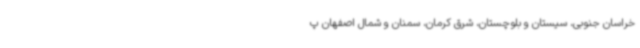
خراسان جنوبی، سیستان و بلوچستان، شرق کرمان، سمنان و شمال اصفهان پ